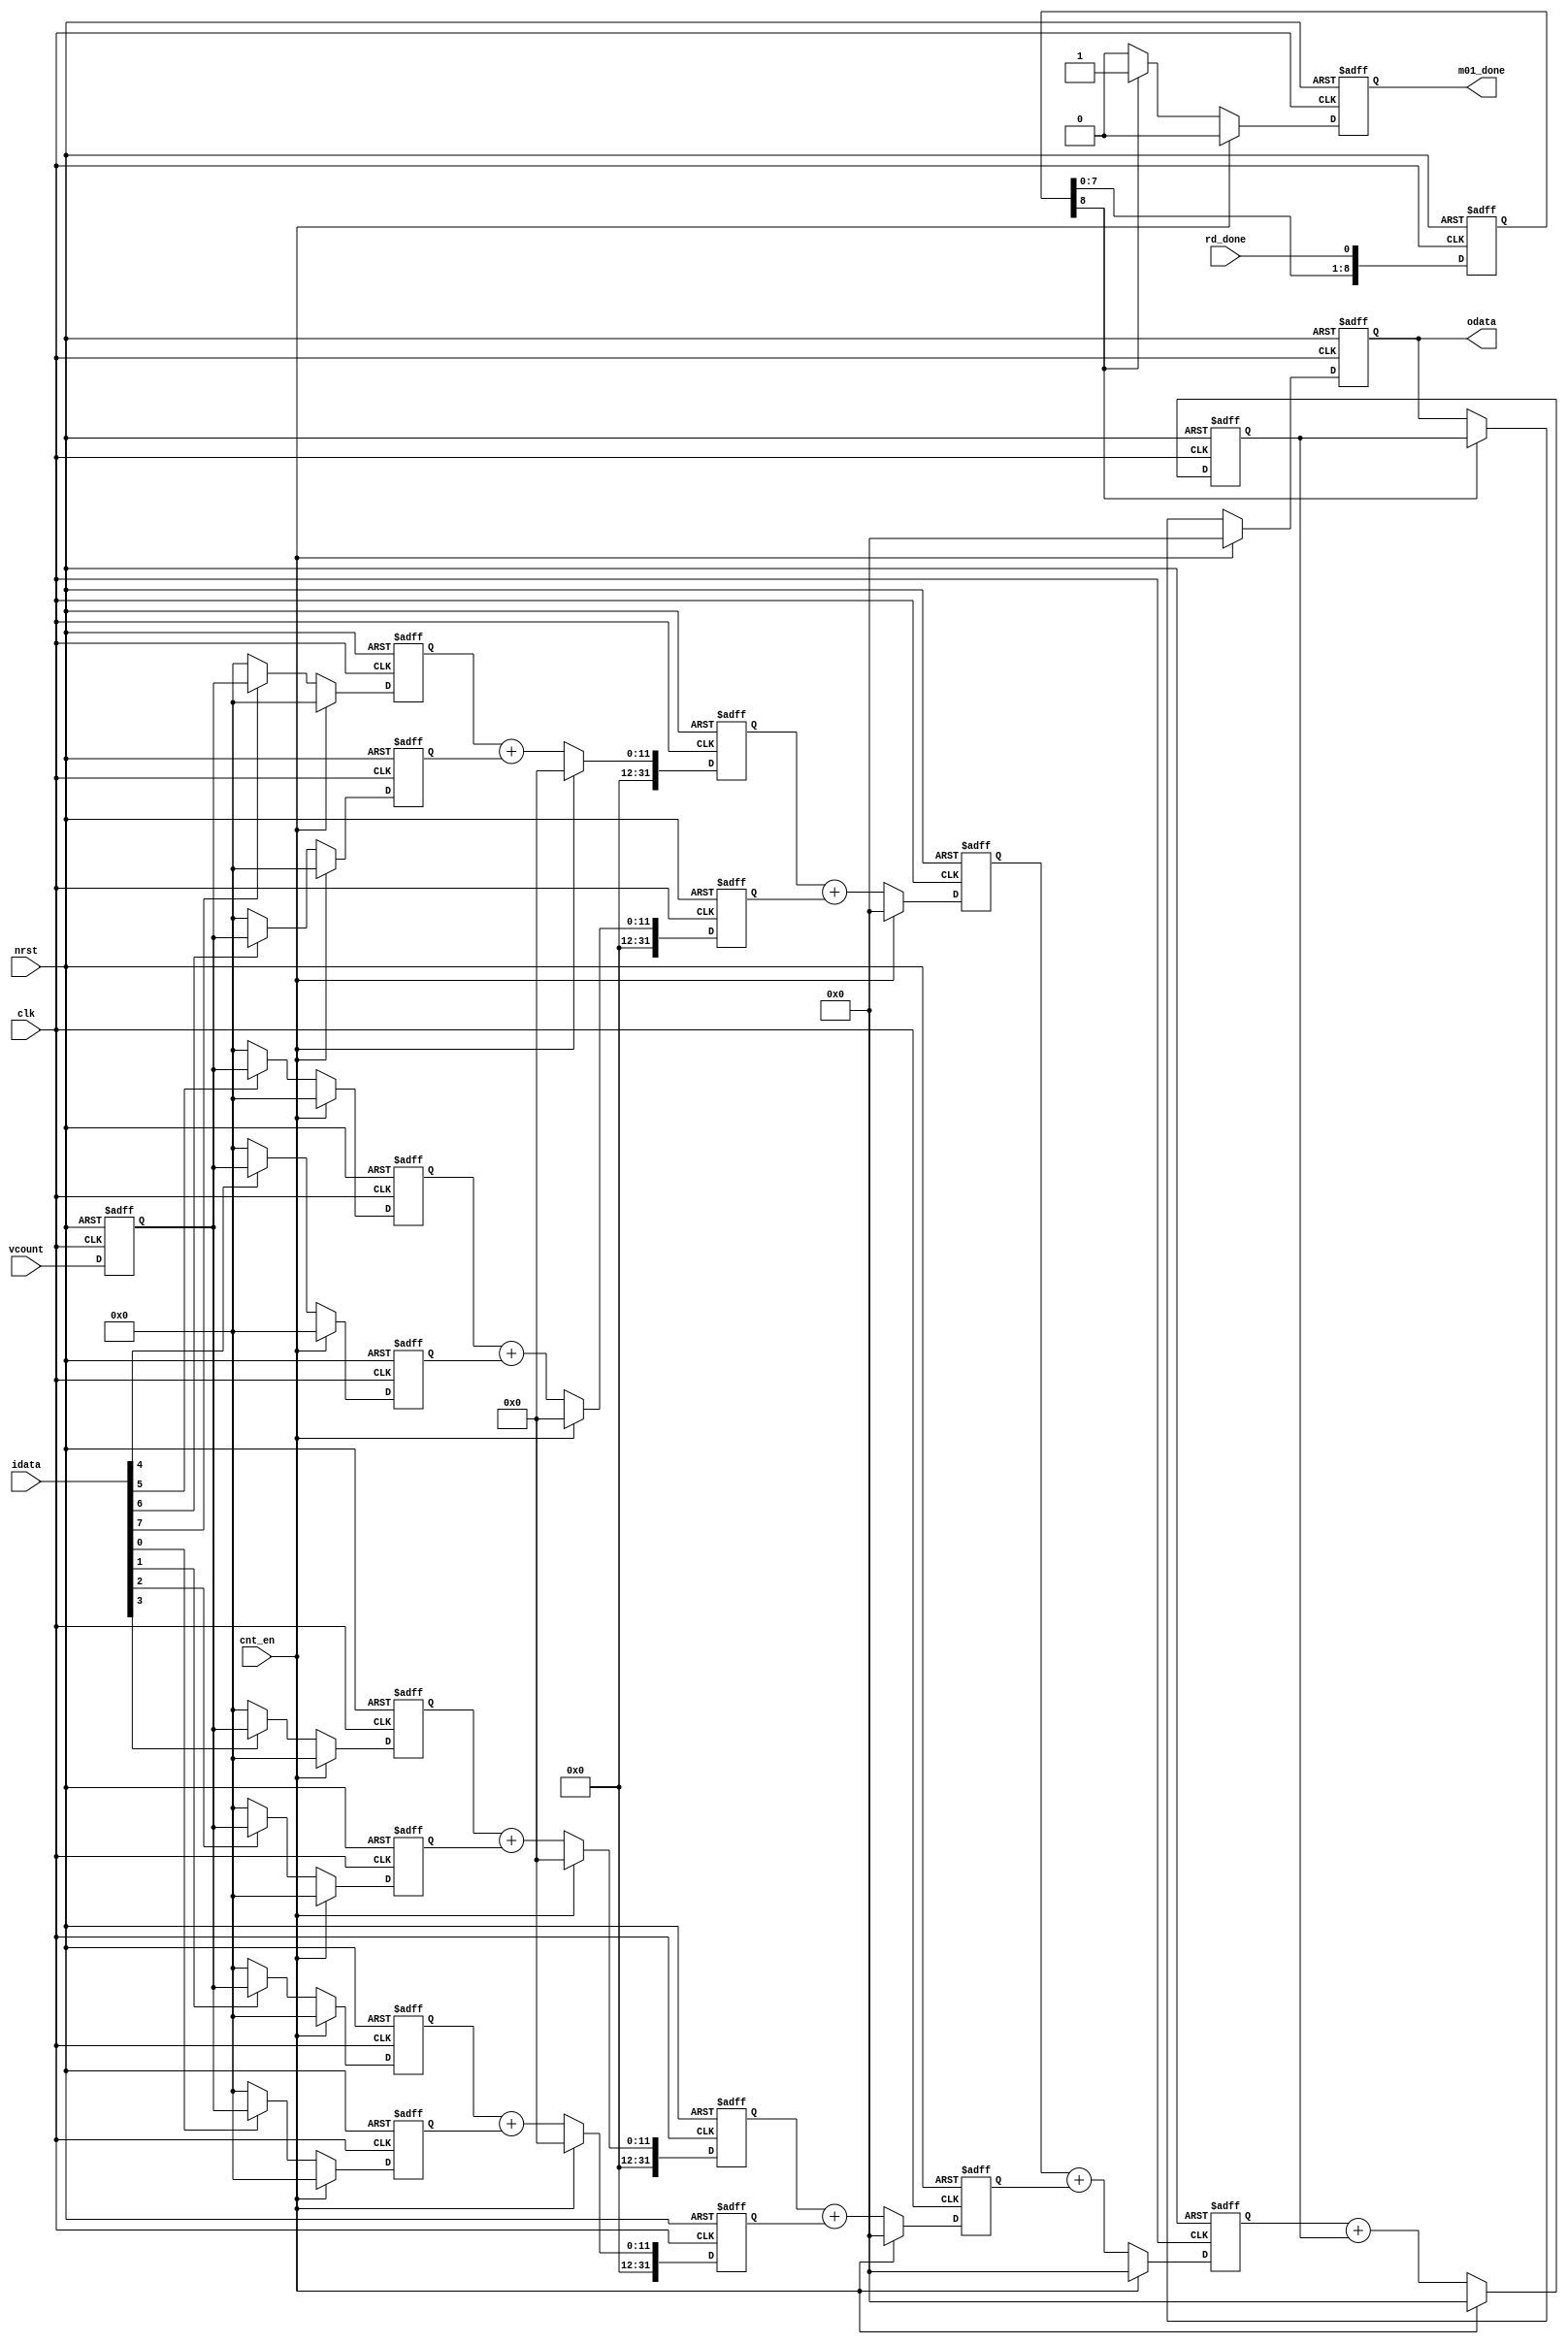
module calc_m01_1(nrst,clk,cnt_en,vcount,rd_done,idata,odata,m01_done);
input nrst;
input clk;
input cnt_en;
input rd_done;
input[10:0] vcount;
input[7:0] idata;
output reg[31:0] odata;
output reg m01_done;


/////////////////////////////////////
reg [10:0]	vcount_reg;
always@(posedge clk or negedge nrst)
begin
	if(!nrst)
		vcount_reg<=11'd0;
	else
		vcount_reg<=vcount;
end
reg	[10:0]	datain_0;
reg	[10:0]	datain_1;
reg	[10:0]	datain_2;
reg	[10:0]	datain_3;
reg	[10:0]	datain_4;
reg	[10:0]	datain_5;
reg	[10:0]	datain_6;
reg	[10:0]	datain_7;
always@(posedge clk or negedge nrst)
begin
	if(!nrst)
		datain_0<=0;
	else if(cnt_en)
		datain_0<=0;
	else if(idata[7])
		datain_0<=vcount_reg;
	else
		datain_0<=0;
end
always@(posedge clk or negedge nrst)
begin
	if(!nrst)
		datain_1<=0;
	else if(cnt_en)
		datain_1<=0;
	else if(idata[6])
		datain_1<=vcount_reg;
	else
		datain_1<=0;
end
always@(posedge clk or negedge nrst)
begin
	if(!nrst)
		datain_2<=0;
	else if(cnt_en)
		datain_2<=0;
	else if(idata[5])
		datain_2<=vcount_reg;
	else
		datain_2<=0;
end
always@(posedge clk or negedge nrst)
begin
	if(!nrst)
		datain_3<=0;
	else if(cnt_en)
		datain_3<=0;
	else if(idata[4])
		datain_3<=vcount_reg;
	else
		datain_3<=0;
end
always@(posedge clk or negedge nrst)
begin
	if(!nrst)
		datain_4<=0;
	else if(cnt_en)
		datain_4<=0;
	else if(idata[3])
		datain_4<=vcount_reg;
	else
		datain_4<=0;
end
always@(posedge clk or negedge nrst)
begin
	if(!nrst)
		datain_5<=0;
	else if(cnt_en)
		datain_5<=0;
	else if(idata[2])
		datain_5<=vcount_reg;
	else
		datain_5<=0;
end
always@(posedge clk or negedge nrst)
begin
	if(!nrst)
		datain_6<=0;
	else if(cnt_en)
		datain_6<=0;
	else if(idata[1])
		datain_6<=vcount_reg;
	else
		datain_6<=0;
end
always@(posedge clk or negedge nrst)
begin
	if(!nrst)
		datain_7<=0;
	else if(cnt_en)
		datain_7<=0;
	else if(idata[0])
		datain_7<=vcount_reg;
	else
		datain_7<=0;
end

reg[31:0] reg_1_2_1;
reg[31:0] reg_1_2_2;
reg[31:0] reg_1_2_3;
reg[31:0] reg_1_2_4;
reg[31:0] reg_2_3_1;
reg[31:0] reg_2_3_2;
reg[31:0] reg_3;
reg[31:0] reg_4;
reg 	[8:0]	rd_done_shift;
always@(posedge clk or negedge nrst)
begin
	if(!nrst)
		begin
			reg_1_2_1<=0;
			reg_1_2_2<=0;
			reg_1_2_3<=0;
			reg_1_2_4<=0;
		end
	else if(cnt_en)
		begin
			reg_1_2_1<=0;
			reg_1_2_2<=0;
			reg_1_2_3<=0;
			reg_1_2_4<=0;
		end
	else
		begin	
			reg_1_2_1<=datain_0+datain_1;
			reg_1_2_2<=datain_2+datain_3;
			reg_1_2_3<=datain_4+datain_5;
			reg_1_2_4<=datain_6+datain_7;
		end
end
always@(posedge clk or negedge nrst)
begin
	if(!nrst)
		begin
			reg_2_3_1<=0;
			reg_2_3_2<=0;
		end
	else if(cnt_en)
		begin
			reg_2_3_1<=0;
			reg_2_3_2<=0;
		end
	else
		begin
			reg_2_3_1<=reg_1_2_1+reg_1_2_2;
			reg_2_3_2<=reg_1_2_3+reg_1_2_4;
		end
end
always@(posedge clk or negedge nrst)
begin
	if(!nrst)
		reg_3<=0;
	else if(cnt_en)
		reg_3<=0;
	else
		reg_3<=reg_2_3_1+reg_2_3_2;
end
always@(posedge clk or negedge nrst)
begin
	if(!nrst)
		reg_4<=0;
	else if(cnt_en)
		reg_4<=0;
	else
		reg_4<=reg_3+reg_4;
end
always@(posedge clk or negedge nrst)
begin
	if(!nrst)
		begin
			odata<=0;
			m01_done<=0;
		end
	else if (cnt_en)
		begin
			odata<=0;
			m01_done<=0;
		end
	else if(rd_done_shift[8])
		begin
			odata<=reg_4;
			m01_done<=1;
		end
	else
		m01_done<=0;
end
always@(posedge clk or negedge nrst)
begin
	if(!nrst)
		rd_done_shift<=0;
	else
		rd_done_shift<={rd_done_shift[7:0],rd_done};
end

endmodule